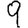
Digit: 9